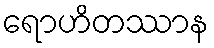
ရောဟိတဿာန